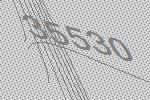
35530